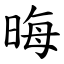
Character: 晦